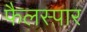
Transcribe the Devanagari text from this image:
फैलस्पार